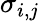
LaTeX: \sigma_{i,j}